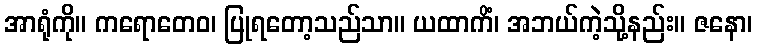
အာရုံကို။ ကရောတေဝ၊ ပြုရတော့သည်သာ။ ယထာကိံ၊ အဘယ်ကဲ့သို့နည်း။ ဇနော၊